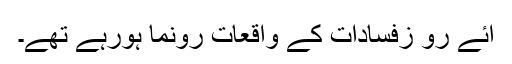
آئے رو زفسادات کے واقعات رونما ہورہے تھے۔